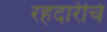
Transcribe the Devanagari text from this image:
रहदारीचे